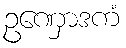
ဥဏှောဒကံ